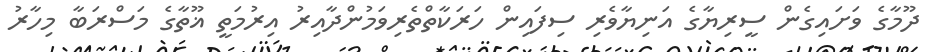
ދޫމާގެ ވަށައިގެން ސީރިޔާގެ އަނިޔާވެރި ސިފައިން ހަރަކާތްތެރިވަމުންދާއިރު އިރުމަތީ ޣޫތާގެ މަސްރަބާ މިހާރު